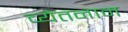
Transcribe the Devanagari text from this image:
व्येतनाम